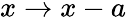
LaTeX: x\rightarrow x-a